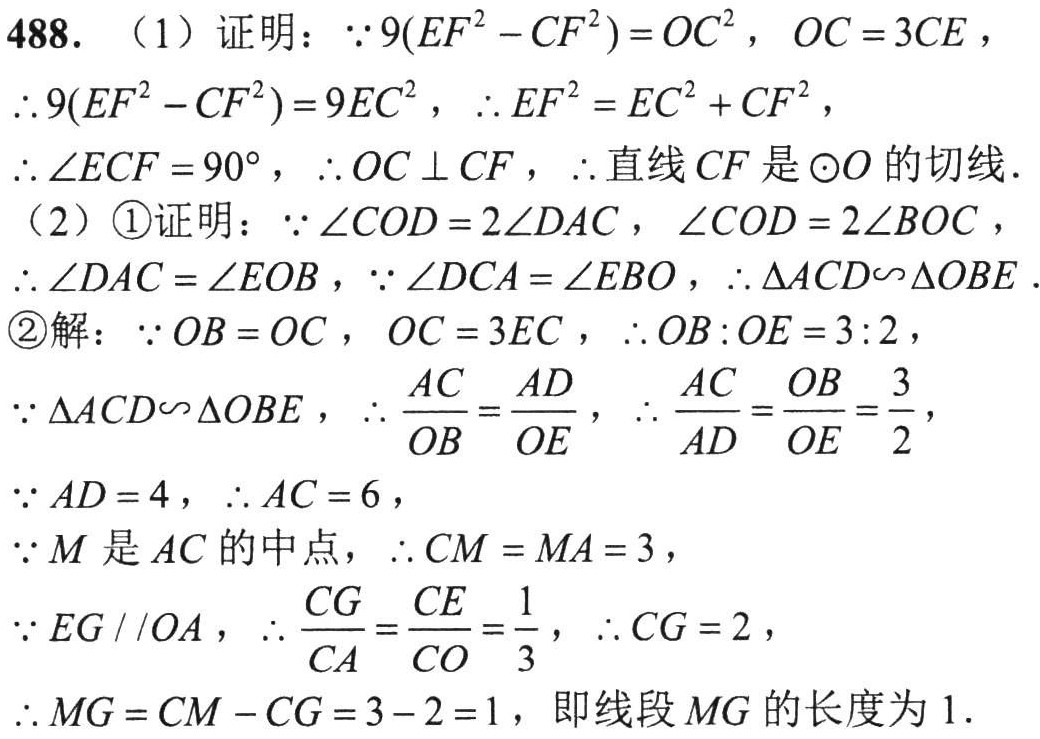
488. （1）证明：\(\because9(EF^{2}-CF^{2}) = OC^{2}\)，\(OC = 3CE\)，
\(\therefore9(EF^{2}-CF^{2}) = 9EC^{2}\)，\(\therefore EF^{2}=EC^{2}+CF^{2}\)，
\(\therefore\angle ECF = 90^{\circ}\)，\(\therefore OC\perp CF\)，\(\therefore\)直线\(CF\)是\(\odot O\)的切线.
（2）\textcircled{1}证明：\(\because\angle COD = 2\angle DAC\)，\(\angle COD = 2\angle BOC\)，
\(\therefore\angle DAC=\angle EOB\)，\(\because\angle DCA=\angle EBO\)，\(\therefore\triangle ACD\sim\triangle OBE\).
\textcircled{2}解：\(\because OB = OC\)，\(OC = 3EC\)，\(\therefore OB:OE = 3:2\)，
\(\because\triangle ACD\sim\triangle OBE\)，\(\therefore\frac{AC}{OB}=\frac{AD}{OE}\)，\(\therefore\frac{AC}{AD}=\frac{OB}{OE}=\frac{3}{2}\)，
\(\because AD = 4\)，\(\therefore AC = 6\)，
\(\because M\)是\(AC\)的中点，\(\therefore CM = MA = 3\)，
\(\because EG\parallel OA\)，\(\therefore\frac{CG}{CA}=\frac{CE}{CO}=\frac{1}{3}\)，\(\therefore CG = 2\)，
\(\therefore MG = CM - CG = 3 - 2 = 1\)，即线段\(MG\)的长度为\(1\).